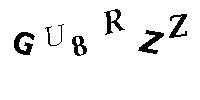
GU8RZZ